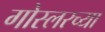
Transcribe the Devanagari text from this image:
गोस्लरच्या